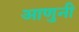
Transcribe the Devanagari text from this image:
आणुनी